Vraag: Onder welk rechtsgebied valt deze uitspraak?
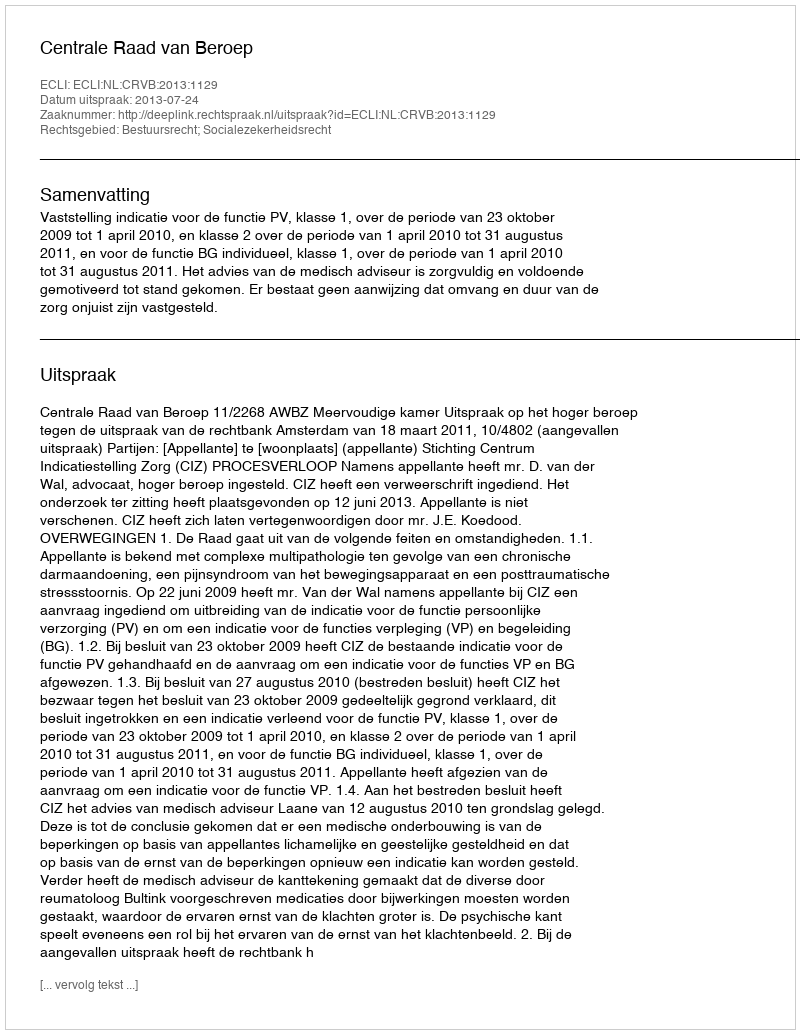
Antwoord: Bestuursrecht; Socialezekerheidsrecht